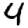
Digit: 4